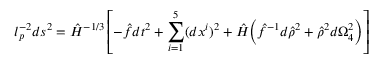
l _ { p } ^ { - 2 } d s ^ { 2 } = \hat { H } ^ { - 1 / 3 } \left[ - \hat { f } d t ^ { 2 } + \sum _ { i = 1 } ^ { 5 } ( d x ^ { i } ) ^ { 2 } + \hat { H } \Big ( \hat { f } ^ { - 1 } d \hat { \rho } ^ { 2 } + \hat { \rho } ^ { 2 } d \Omega _ { 4 } ^ { 2 } \Big ) \right]